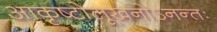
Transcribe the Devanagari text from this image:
आकृष्टोलूखनोऽनन्तः